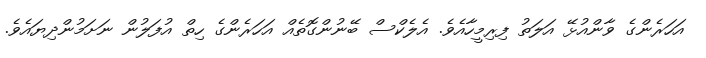
އަހަރެންގެ ވާންއުޅޭ އަލަތު ފިރިމީހާއެވެ. އެލެކްސް ބޭނުންގޮތެއް އަހަރެންގެ ހިތް އުފަލުން ނަށަމުންދިޔައެވެ.